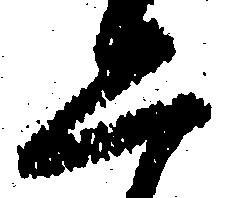
二